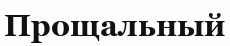
Прощальный